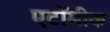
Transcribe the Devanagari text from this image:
एटॉमीक